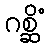
ဂစ္ဆိံ